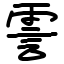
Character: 霅